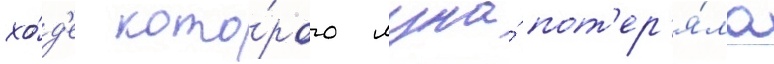
хо́д'е кото́рого луна́ пот'ер'я́ла